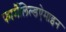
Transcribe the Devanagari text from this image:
फार्मैलिल्डऐमाइन